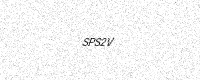
Text: SPS2V